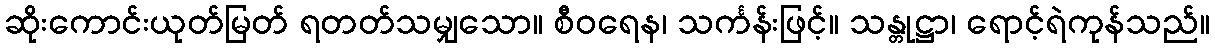
ဆိုးကောင်းယုတ်မြတ် ရတတ်သမျှသော။ စီဝရေန၊ သင်္ကန်းဖြင့်။ သန္တုဋ္ဌာ၊ ရောင့်ရဲကုန်သည်။